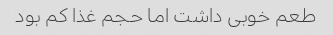
طعم خوبی داشت اما حجم غذا کم بود